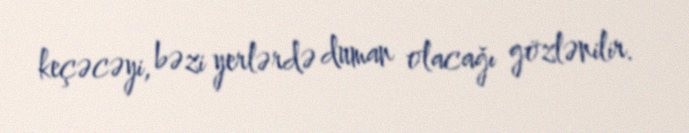
keçəcəyi, bəzi yerlərdə duman olacağı gözlənilir.